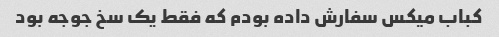
کباب میکس سفارش داده بودم که فقط یک سخ جوجه بود